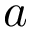
\boldsymbol { a }